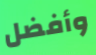
وأفضل